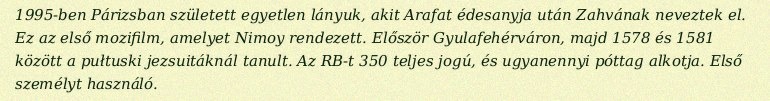
1995-ben Párizsban született egyetlen lányuk, akit Arafat édesanyja után Zahvának neveztek el. Ez az első mozifilm, amelyet Nimoy rendezett. Először Gyulafehérváron, majd 1578 és 1581 között a pułtuski jezsuitáknál tanult. Az RB-t 350 teljes jogú, és ugyanennyi póttag alkotja. Első személyt használó.